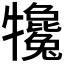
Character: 𤜇